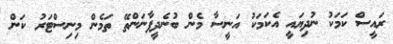
ރައީސް ކަމަކު ނުދިޔައީ އެކަމަކު އަނީސާ މެން ބުނެދީފާނަންތޭ ތަމެން މިނިސްޓަރު ކަން